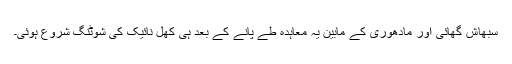
سبھاش گھائی اور مادھوری کے مابین یہ معاہدہ طے پانے کے بعد ہی کھل نائیک کی شوٹنگ شروع ہوئی۔